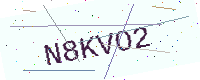
Text: N8KVO2